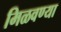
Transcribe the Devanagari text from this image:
मिळवण्या